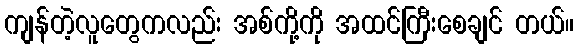
ကျန်တဲ့လူတွေကလည်း အစ်ကို့ကို အထင်ကြီးစေချင် တယ်။